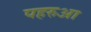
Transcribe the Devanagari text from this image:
पहरुआ